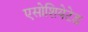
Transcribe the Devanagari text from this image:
एसोशियेटेड